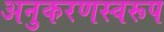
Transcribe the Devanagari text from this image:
अनुकरणस्वरूप